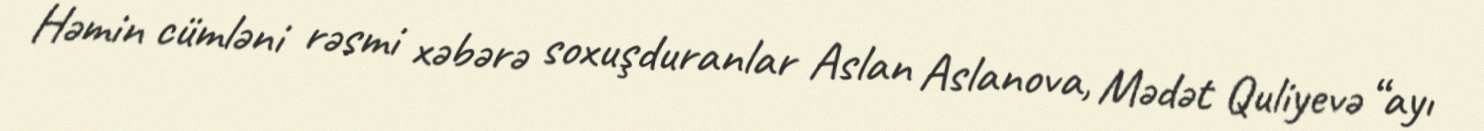
Həmin cümləni rəsmi xəbərə soxuşduranlar Aslan Aslanova, Mədət Quliyevə “ayı